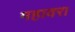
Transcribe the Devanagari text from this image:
महावर।